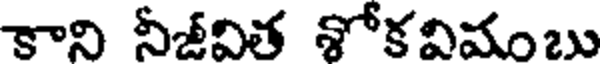
కాని నీజీవిత శోకవిమంబు